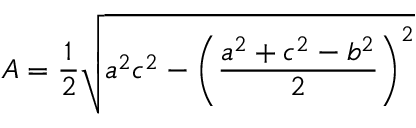
A = { \frac { 1 } { 2 } } { \sqrt { a ^ { 2 } c ^ { 2 } - \left( { \frac { a ^ { 2 } + c ^ { 2 } - b ^ { 2 } } { 2 } } \right) ^ { 2 } } }